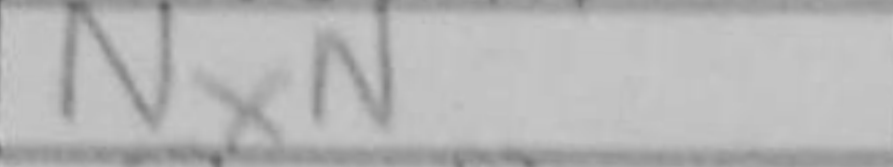
Transcription: NxN